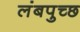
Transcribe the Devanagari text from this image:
लंबपुच्छ